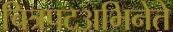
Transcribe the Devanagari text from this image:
चित्रपटअभिनेते